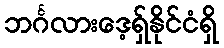
ဘင်္ဂလားဒေ့ရှ်နိုင်ငံရှိ